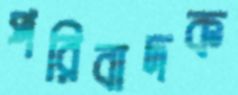
পরিবাদক